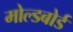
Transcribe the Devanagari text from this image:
मोल्डबोर्ड